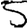
Digit: 5